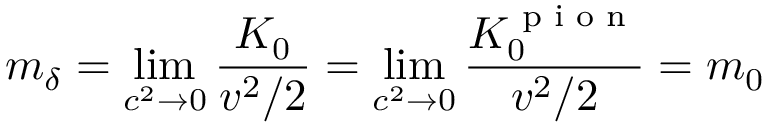
m _ { \delta } = \operatorname* { l i m } _ { c ^ { 2 } \rightarrow 0 } \frac { K _ { 0 } } { v ^ { 2 } / 2 } = \operatorname* { l i m } _ { c ^ { 2 } \rightarrow 0 } \frac { K _ { 0 } ^ { \textrm { p i o n } } } { v ^ { 2 } / 2 } = m _ { 0 }